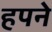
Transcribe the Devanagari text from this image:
हपने